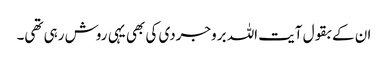
ان کے بقول آیت اللہ بروجردی کی بھی یہی روش رہی تھی۔